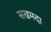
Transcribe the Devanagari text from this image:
सखमदा